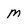
Character: m